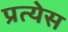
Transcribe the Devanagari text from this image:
प्रत्येस